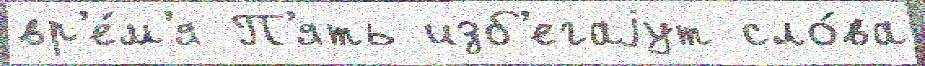
вр'е́м'я П'ять изб'егаjут сло́ва